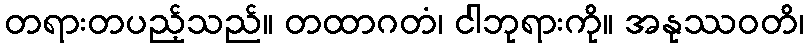
တရားတပည့်သည်။ တထာဂတံ၊ ငါဘုရားကို။ အနုဿဝတိ၊